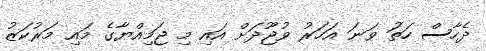
ދެހާސް ހަތަު ވަނަ އަހަރު ވުޖޫދަށް އައި މި ޖަމިއްޔާގެ މައި މަރުކަޒު